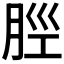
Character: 𫆞